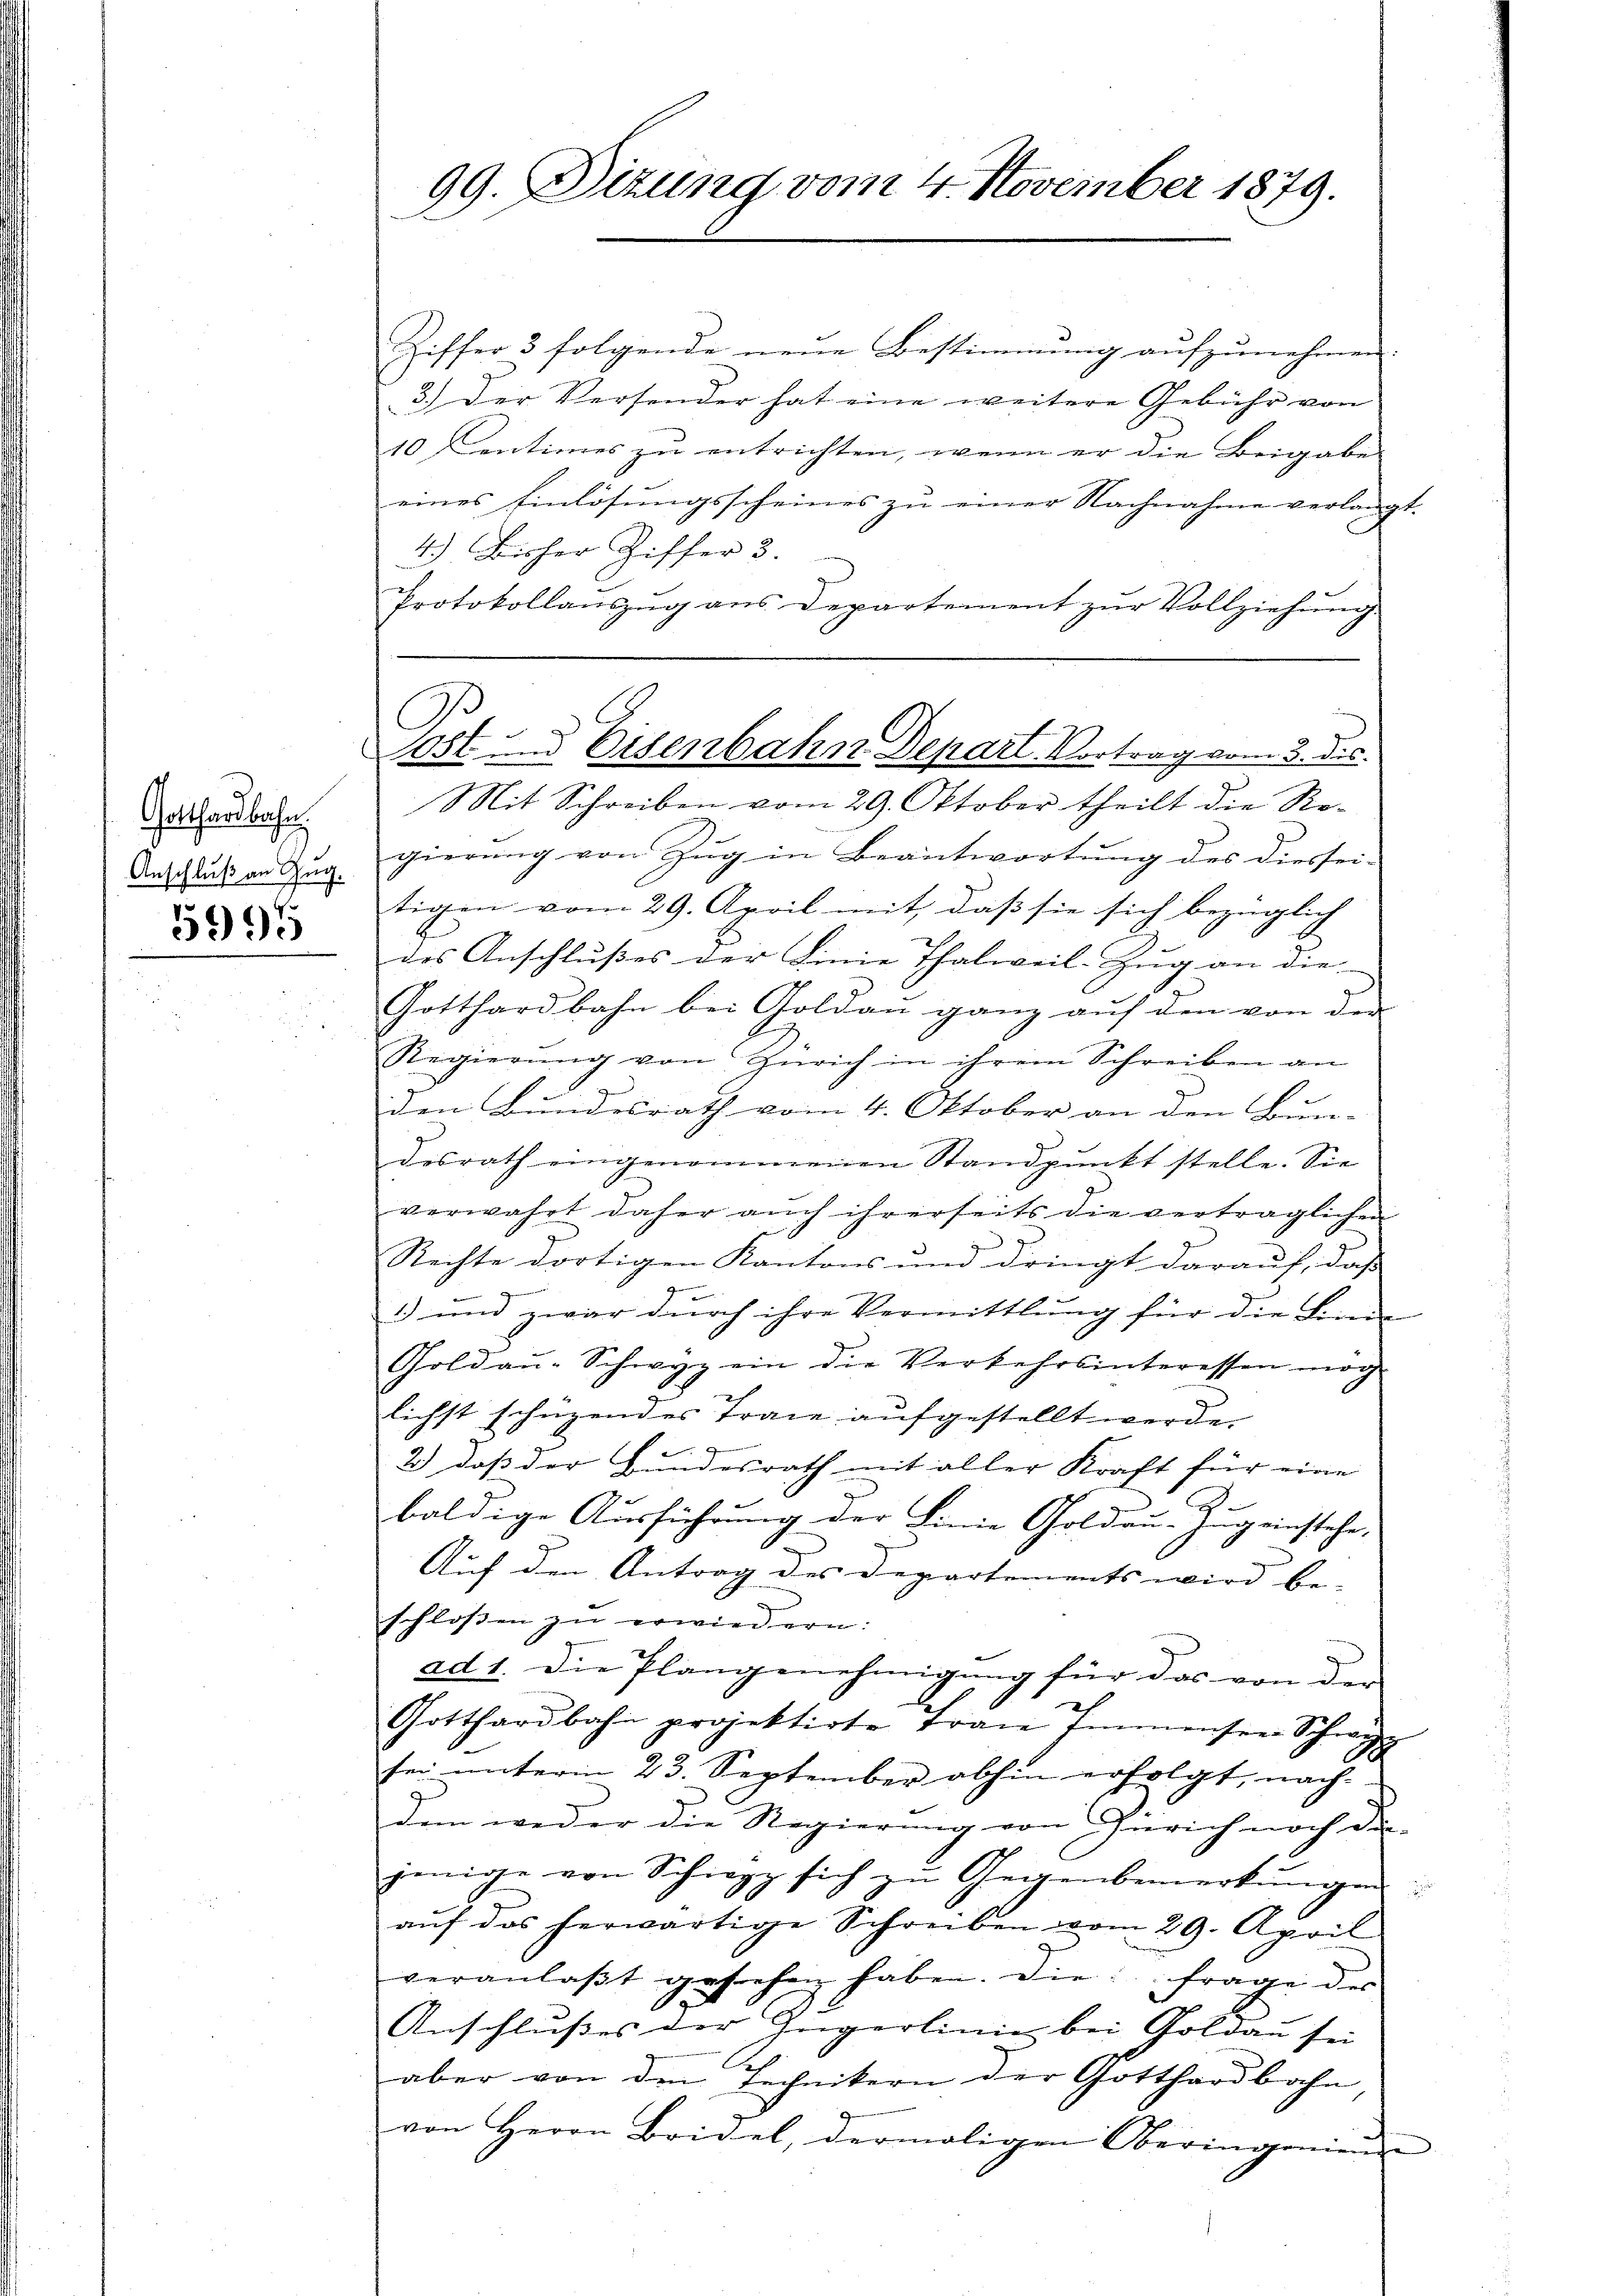
Gotthardbahn
Anschluß an Zug.

5995

99. Dizung vom 4 November 1879.

Ziffer 3 folgende neŭe Bestimmung aŭfzŭnehmen.
3.) Der Versonder hat eine weitere Gebühr von
10 Centimes zu entrichten, wenn er die Beigabe
eines Einlösungsscheines zu einer Nachnahme verlang
4.) Bisher Ziffer 3.
Protokollaŭszŭg ans Departement zŭr Vollziehŭng
Mit Schreiben vom 29. Oktober theilt die Regierung von Zug in Beantwortung des diessei-
tigen vom 29. April mit, daß sie sich bezüglich
des Anschlusses der Linie Thalweil-Zug an die
Gotthardbahn bei Goldau ganz auf den von der
Regierung von Zürich in ihrem Schreiben an
z
den Bundesrath vom 4. Oktober an den Bun-
dosrath eingenommenen Standpunkt stelle. Sie
verwahrt daher auch ihrerseits die vertraglichen
Rechte dortigen Kantons und dringt darauf, daß
z
3) und zwar dŭrch ihre Vermittlung für die Linde
Goldaŭ-Schwyz ein die Verkehrsinteressen mög
lichst schuzendes Trace aufgestellt werde.
.
2) daß der Hundesrath mit aller Kraft für eine
J
baldige Ausführung der Linie Goldau-Zug einstehe,
Auf den Antrag des Departements wird be-
schlossen zu erwiedern:
ad 1. Die Plangenehmigung für das von der
Gotthardbahn projektirte Frau Immensee Schwyz
sei unterm 23. September abhin erfolgt, nach
dem weder die Regierung von Zürich noch die
jenige von Schwyz sich zŭ Gegenbemerkŭngen
aŭf das herwärtige Schreiben vom 29. April
veranlaβt gesehen haben. Die frage der
Anschlußes der Gugerlinie bei Goldan sei
aber von den Technikern der Gotthardbahn
von Herrn Bridel, dermaligen Oberingenien-

Tust und Eisenbahn Depart. Vortrag vom 3. des